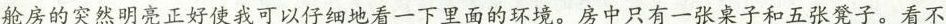
舱房的突然明亮正好使我可以仔细地看一下里面的环境。房中只有一张桌子和五张凳子。看不